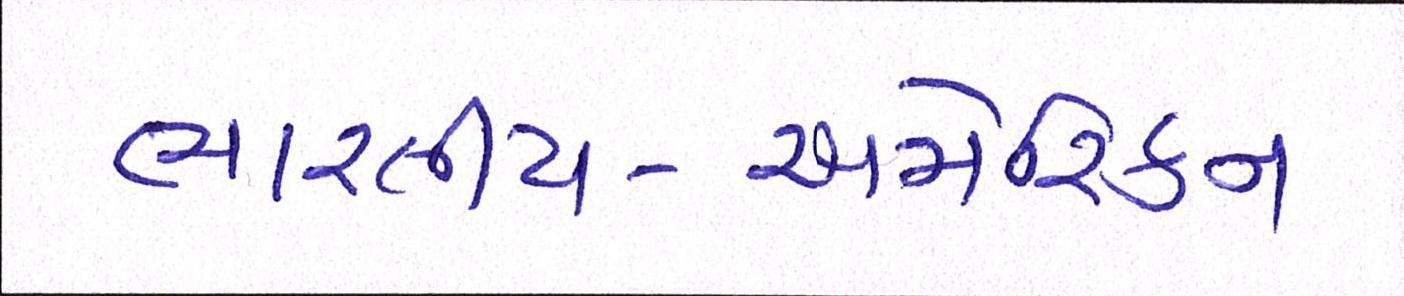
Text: ભારતીય-અમેરિકન